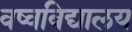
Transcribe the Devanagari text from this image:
वष्वविद्यालय